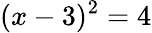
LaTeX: (x-3)^{2}=4